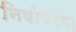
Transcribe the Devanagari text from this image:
नियोपेंटेन।